Report of the Indian Hemp Drugs Commission, 1894-1895 - Volume II
Year: 1894
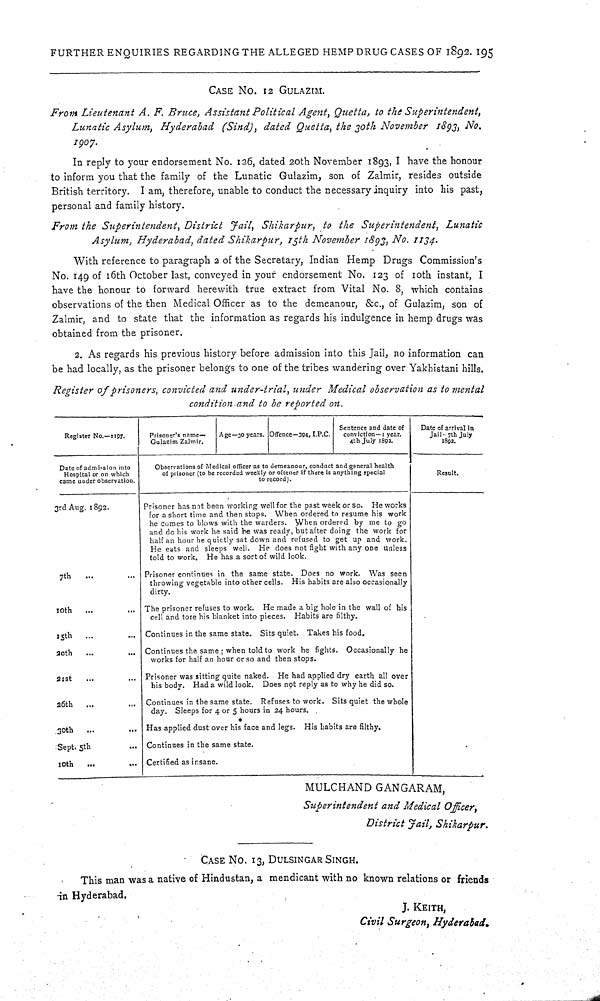
FURTHER ENQUIRIES REGARDING THE ALLEGED HEMP DRUG CASES OF 1892. 195
CASE NO. 12 GULAZIM.
From Lieutenant A. F. Bruce, Assistant Political Agent, Quetta, to the Superintendent,
Lunatic Asylum, Hyderabad (Sind), dated Quetta, the 30th November 1893, No.
1907.
In reply to your endorsement No. 126, dated 20th November 1893, I have the honour
to inform you that the family of the Lunatic Gulazim, son of Zalmir, resides outside
British territory. I am, therefore, unable to conduct the necessary inquiry into his past,
personal and family history.
From the Superintendent, District Jail, Shikarpur, to the Superintendent, Lunatic
Asylum, Hyderabad, dated Shikarpur, 15th November 1893, No. 1134.
With reference to paragraph 2 of the Secretary, Indian Hemp Drugs Commission's
No. 149 of 16th October last, conveyed in your endorsement No. 123 of 10th instant, I
have the honour to forward herewith true extract from Vital No. 8, which contains
observations of the then Medical Officer as to the demeanour, &c., of Gulazim, son of
Zalmir, and to state that the information as regards his indulgence in hemp drugs was
obtained from the prisoner.
2. As regards his previous history before admission into this Jail, no information can
be had locally, as the prisoner belongs to one of the tribes wandering over Yakhistani hills.
Register of prisoners, convicted and under-trial, under Medical observation as to mental
condition and to be reported on.
Register No.—1197.
Prisoner's name—
Gulazim Zalmir.
Age—30 years. Offence-394, I.P.C.
Sentence and date of
conviction—1 year.
4th July 1892.
Date of arrival in
Jail-7th July
1892.
Date of admission into
Hospital or on which
came under observation.
Observations of Medical officer as to demeanour, conduct and general health
of prisoner (to be recorded weekly or oftener if there is anything special
to
record).
Result.
3rd Aug. 1892.
Prisoner has not been working well for the past week or so. He works
for a short time and then stops. When ordered to resume his work
he comes to blows with the warders. When ordered by me to go
and do his work he said he was ready, but after doing the work for
half an hour he quietly sat down and refused to get up and work.
He eats and sleeps well. He does not fight with any one unless
told to work. He has a sort of wild look.
7th
Prisoner continues in the same state. Does no work. Was seen
throwing vegetable into other cells. His habits are also occasionally
dirty.
10th
The prisoner refuses to work. He made a big hole in the wall of his
cell and tore his blanket into pieces. Habits are filthy.
15th
Continues in the same state. Sits quiet. Takes his food.
20th
Continues the same; when told to work he fights. Occasionally he
works for half an hour or so and then stops.
21st
Prisoner was sitting quite naked. He had applied dry earth all over
his body. Had a wild look. Does not reply as to why he did so.
26th
Continues in the same state. Refuses to work. Sits quiet the whole
day. Sleeps for 4 or 5 hours in 24 hours.
30th
Has applied dust over his face and legs. His habits are filthy.
Sept. 5th
Continues in the same state.
10th
Certified as insane.
MULCHAND GANGARAM,
Superintendent and Medical Officer,
District Jail, Shikarpur.
CASE NO. 13, DULSINGAR SINGH.
This man was a native of Hindustan, a mendicant with no known relations or friends
in Hyderabad.
J. KEITH,
Civil Surgeon, Hyderabad.